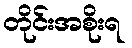
တိုင်းအစိုးရ